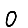
Digit: 0